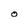
Character: O